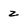
Character: z